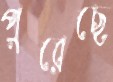
পুরেছে